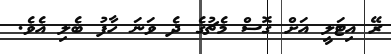
ރޭ އިޓަލީ އަށް ގޮސް މެޗުގެ ދެ ވަނަ ހާފު ބެލި އެވެ.